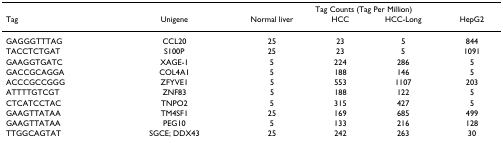
<table><thead><tr><td></td><td></td><td colspan="4"><b>Tag Counts (Tag Per Million)</b></td></tr><tr><td><b>Tag</b></td><td><b>Unigene</b></td><td><b>Normal liver</b></td><td><b>HCC</b></td><td><b>HCC-Long</b></td><td><b>HepG2</b></td></tr></thead><tbody><tr><td>GAGGGTTTAG</td><td>CCL20</td><td>25</td><td>23</td><td>5</td><td>844</td></tr><tr><td>TACCTCTGAT</td><td>S100P</td><td>25</td><td>23</td><td>5</td><td>1091</td></tr><tr><td>GAAGGTGATC</td><td>XAGE-1</td><td>5</td><td>224</td><td>286</td><td>5</td></tr><tr><td>GACCGCAGGA</td><td>COL4A1</td><td>5</td><td>188</td><td>146</td><td>5</td></tr><tr><td>ACCCGCCGGG</td><td>ZFYVE1</td><td>5</td><td>553</td><td>1107</td><td>203</td></tr><tr><td>ATTTTGTCGT</td><td>ZNF83</td><td>5</td><td>188</td><td>122</td><td>5</td></tr><tr><td>CTCATCCTAC</td><td>TNPO2</td><td>5</td><td>315</td><td>427</td><td>5</td></tr><tr><td>GAAGTTATAA</td><td>TM4SF1</td><td>25</td><td>169</td><td>685</td><td>499</td></tr><tr><td>GAAGTTATAA</td><td>PEG10</td><td>5</td><td>133</td><td>216</td><td>128</td></tr><tr><td>TTGGCAGTAT</td><td>SGCE; DDX43</td><td>25</td><td>242</td><td>263</td><td>30</td></tr></tbody></table>